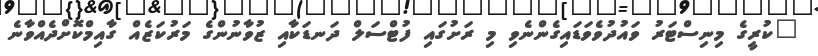
"ކުރީގެ މިނިސްޓަރު ވައުދުވެވަޑައިގެންނެވި މި ރަށުގައި ފުޓްސަލް ދަނޑަކާއި ޒުވާނުންގެ މަރުކަޒެއް ގާއިމްކޮށްދެއްވާނެ